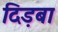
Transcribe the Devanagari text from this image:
दिड़बा